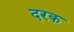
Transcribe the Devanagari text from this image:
दरक